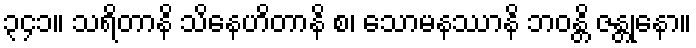
၃၄၁။ သရိတာနိ သိနေဟိတာနိ စ၊ သောမနဿာနိ ဘဝန္တိ ဇန္တုနော။